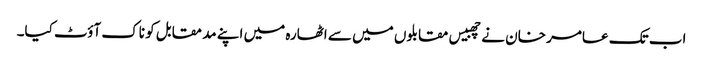
اب تک عامر خان نے چھبیس مقابلوں میں سے اٹھارہ میں اپنے مد مقابل کو ناک آؤٹ کیا۔